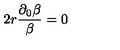
2 r \frac { \partial _ { 0 } \beta } { \beta } = 0